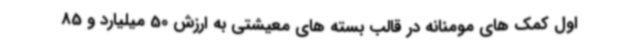
اول کمک های مومنانه در قالب بسته های معیشتی به ارزش 50 میلیارد و 85